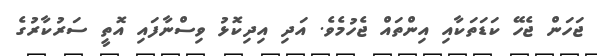
ޖަހަން ޖެހޭ ކަޑަތަކާއި އިންތައް ޖެހުމެވެ. އަދި އިދިކޮޅު ވިސްނާފައި އޮތީ ސަރުކާރުގެ